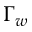
\Gamma _ { w }